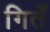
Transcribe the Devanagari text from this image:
गिर्तें